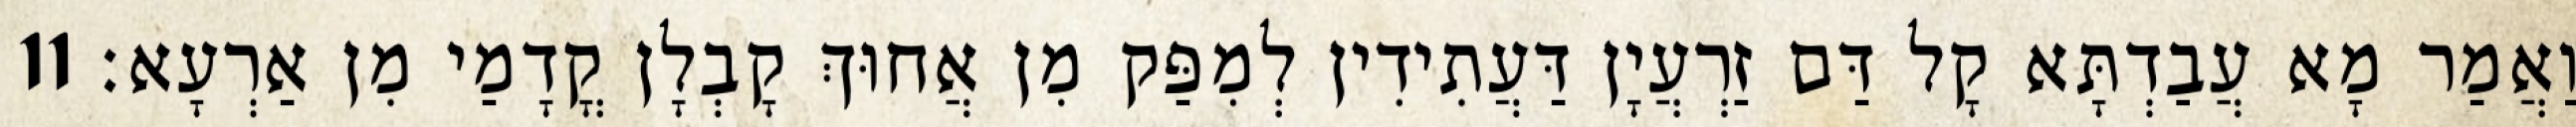
וַאֲמַר מָא עֲבַדְתָּא קָל דַּם זַרְעֲיָן דַּעֲתִידִין לְמִפַּק מִן אֲחוּךְ קָבְלָן קֳדָמַי מִן אַרְעָא׃ 11